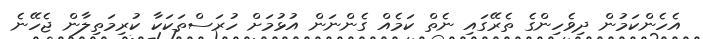
އެހެންކަމުން ދިވެހިންގެ ތެރޭގައި ނެތް ކަމެއް ގެންނަން އުޅުމަށް ހުރަސްތަކަކާ ކުރިމަތިލާން ޖެހޭނެ